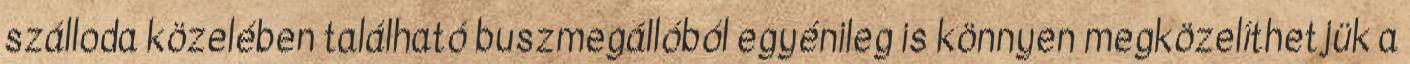
szálloda közelében található buszmegállóból egyénileg is könnyen megközelíthetjük a